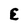
Character: E